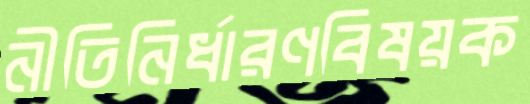
নীতিনির্ধারণবিষয়ক